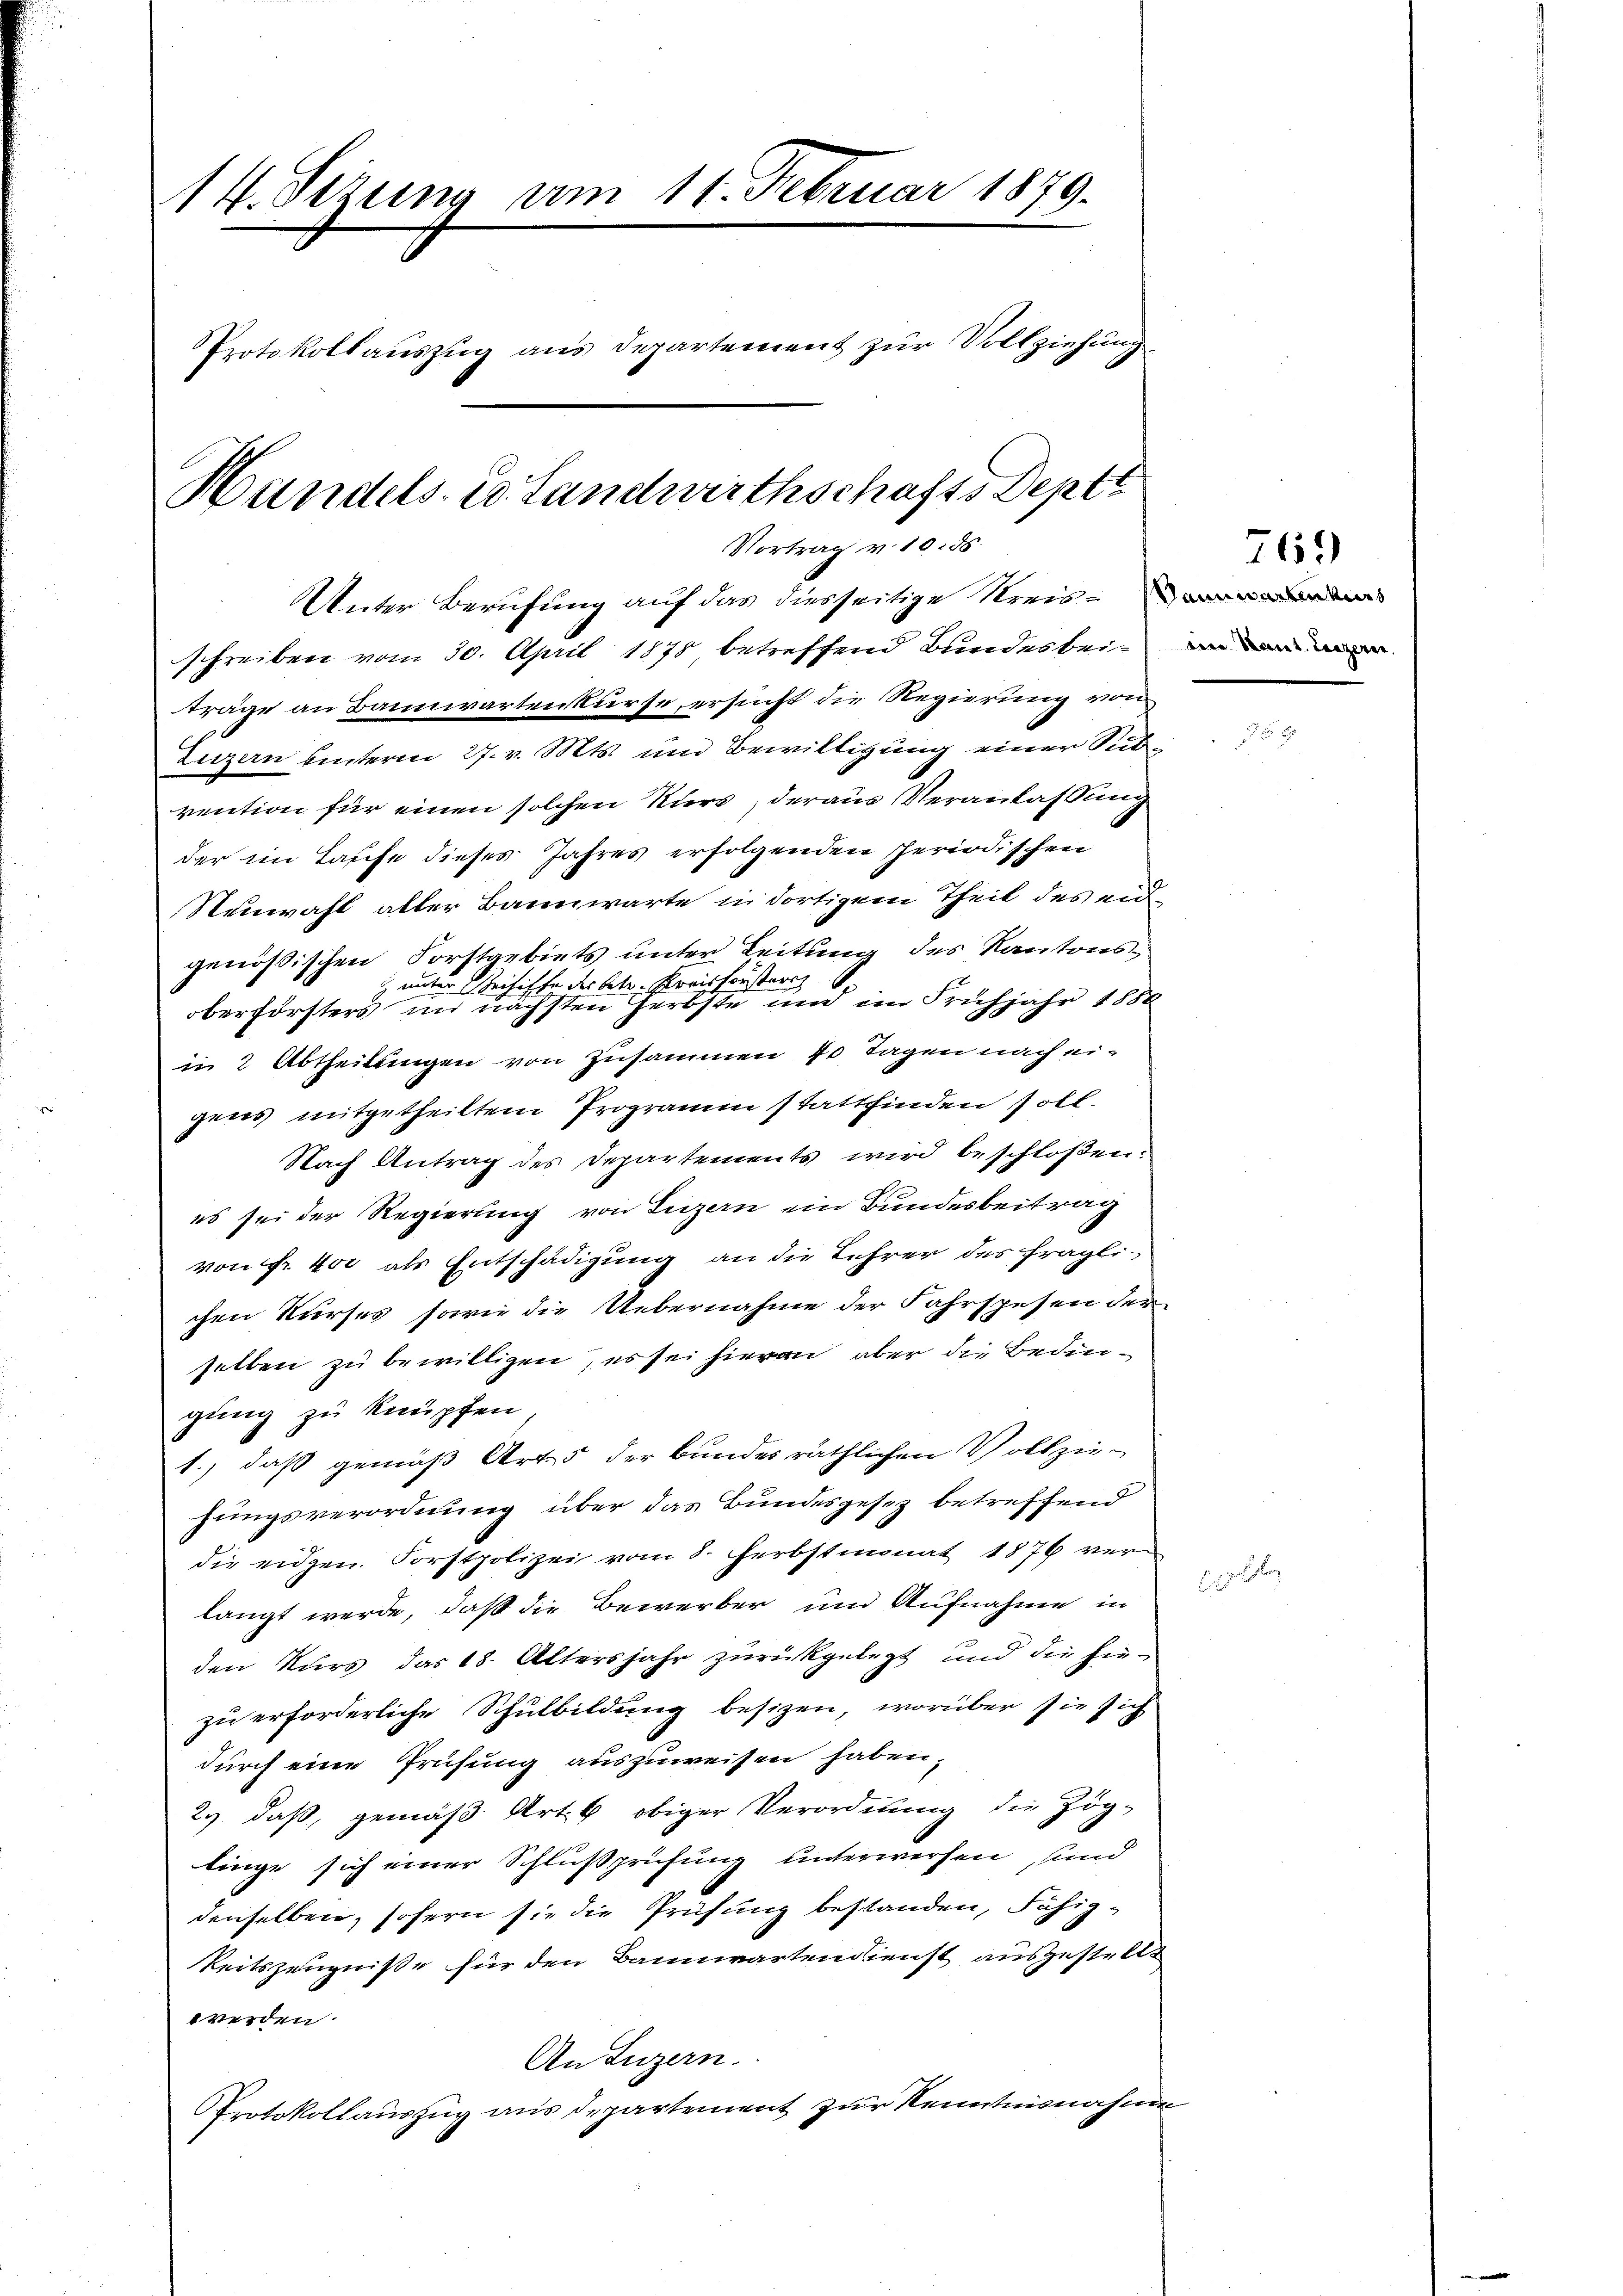
14. Sezung am 11. Februar 1879.
Protokollaŭszŭg ans Departement zur Vollziehung
Handels- Co. Landwirthschafts Deptt
Vortrag v. 10. ds.

Unter Berufung auf das diesseitige Kreis-werden
schreiben vom 30. April 1878 betreffend Bundesbeiträge an Bannwartenkurse, ersucht die Regierung von
Luzern unterm 27. v. Mts. und Bewilligung einer Subvention für einen solchen Kurs, deraus Veranlassung
der im Tasche dieses Jahres erfolgenden Periodischen
Neuwahl aller Bannwarte in dortigem Theil des eidgenößischen Forstgebiets unter Leitung des Kantons¬
 unter Reichiffe der betr. Preisforstoriz
oberförsters und nächsten Herbste und im Frühjahr 1880
in 2 Abtheilungen von Zusammen 10 Tagen nach eigens mitgetheiltem Programm stattfinden soll.
Nach Antrag des Departements wird beschloßen:
es sei der Regierung von Luzern ein Bundesbeitrag
von Fr. 400 als Entschädigung an die Lehrer des fragli-
chen Kurses, sowie die Uebernahme der Fahrspesen der
selben zu bewilligen, es sei hieran aber die Bedingung zu knüpfen
1.) daß gemäß Art. 5 der Bundes räthlichen Vollziehungsverordnung über das Bundesgesez betreffend
die eidgen. Forstpolizei vom 8. Ferbstmonat 1876 ver
langt werde, daß die Bewerber und Aufnahme in
den Kurs das 18. Altersjahr zurückgelegt und die hiezu erforderliche Schulbildung besizen, worüber sie sich
durch eine Prüfung auszuweisen haben,
2., daß, gemäß Art. 6 obiger Verordnung die Zög-
tinge sich einer Schlußprüfung unterwerfen, sind
denselben, sofern sie die Prüfung bestanden, Fähig¬
Reitszeugnisse für den Bannwartendienst ausgestellt
werden.
An Luzern.
Protokollauszug aus Departement zur Kenntnisnahme

eine Secret. Lanzeren.

769